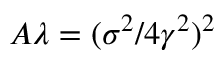
A \lambda = ( \sigma ^ { 2 } / 4 \gamma ^ { 2 } ) ^ { 2 }